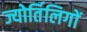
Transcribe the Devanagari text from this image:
ज्योर्तिलिगों